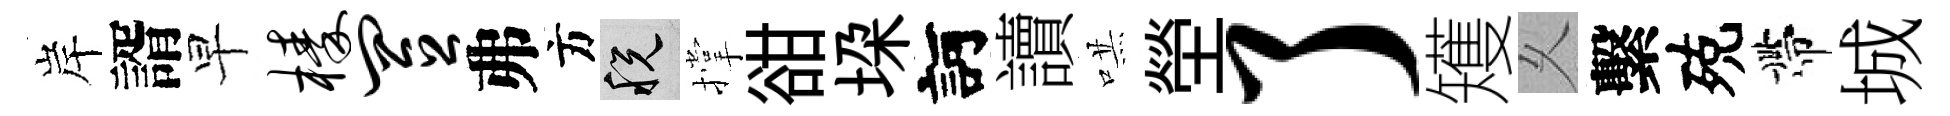
岸諝早榛置弗方税撑𧮳垜訶讀哄塋了矱乆繫殑帶城